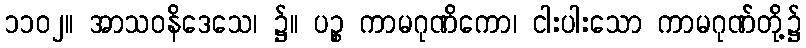
၁၁၀၂။ အာသဝနိဒေသေ၊ ၌။ ပဉ္စ ကာမဂုဏိကော၊ ငါးပါးသော ကာမဂုဏ်တို့၌